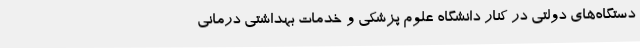
دستگاه‌های دولتی در کنار دانشگاه علوم پزشکی و خدمات بهداشتی درمانی